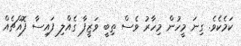
ކަމެކެވެ. ގިނަ މީހުން މިހާރު ވެސް ތިބީ ވަޒީފާ ގެއްލި ފައިސާ ފޮއްޗެއް